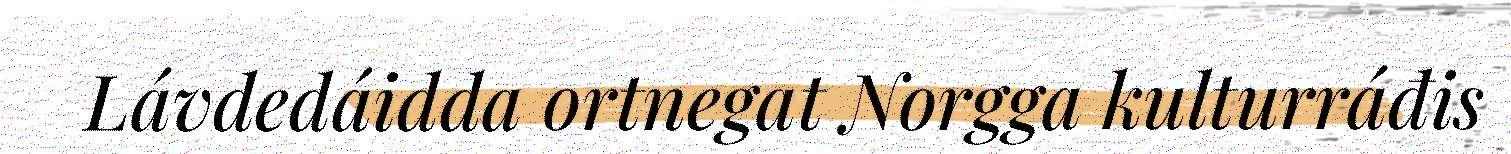
Lávdedáidda ortnegat Norgga kulturráđis